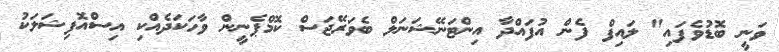
ވަނީ ބޮޑުވެފައި" ލައިފް ފެން އުފައްދާ އިންޓަނޭޝަނަލް ބެވަރޭޖަސް ކޮމްޕެނީން ވާހަކަދެއްކި އިސްއޮފިޝަލަކު